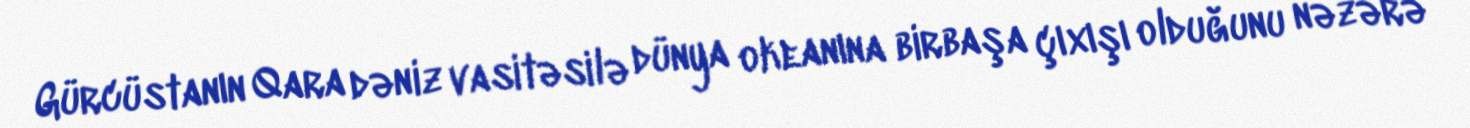
Gürcüstanın Qara dəniz vasitəsilə dünya okeanına birbaşa çıxışı olduğunu nəzərə